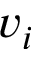
v _ { i }